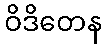
ဝိဒိတေန